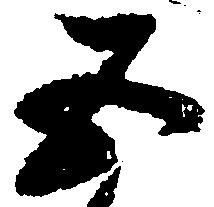
五